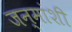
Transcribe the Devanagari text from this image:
जन्मांशी